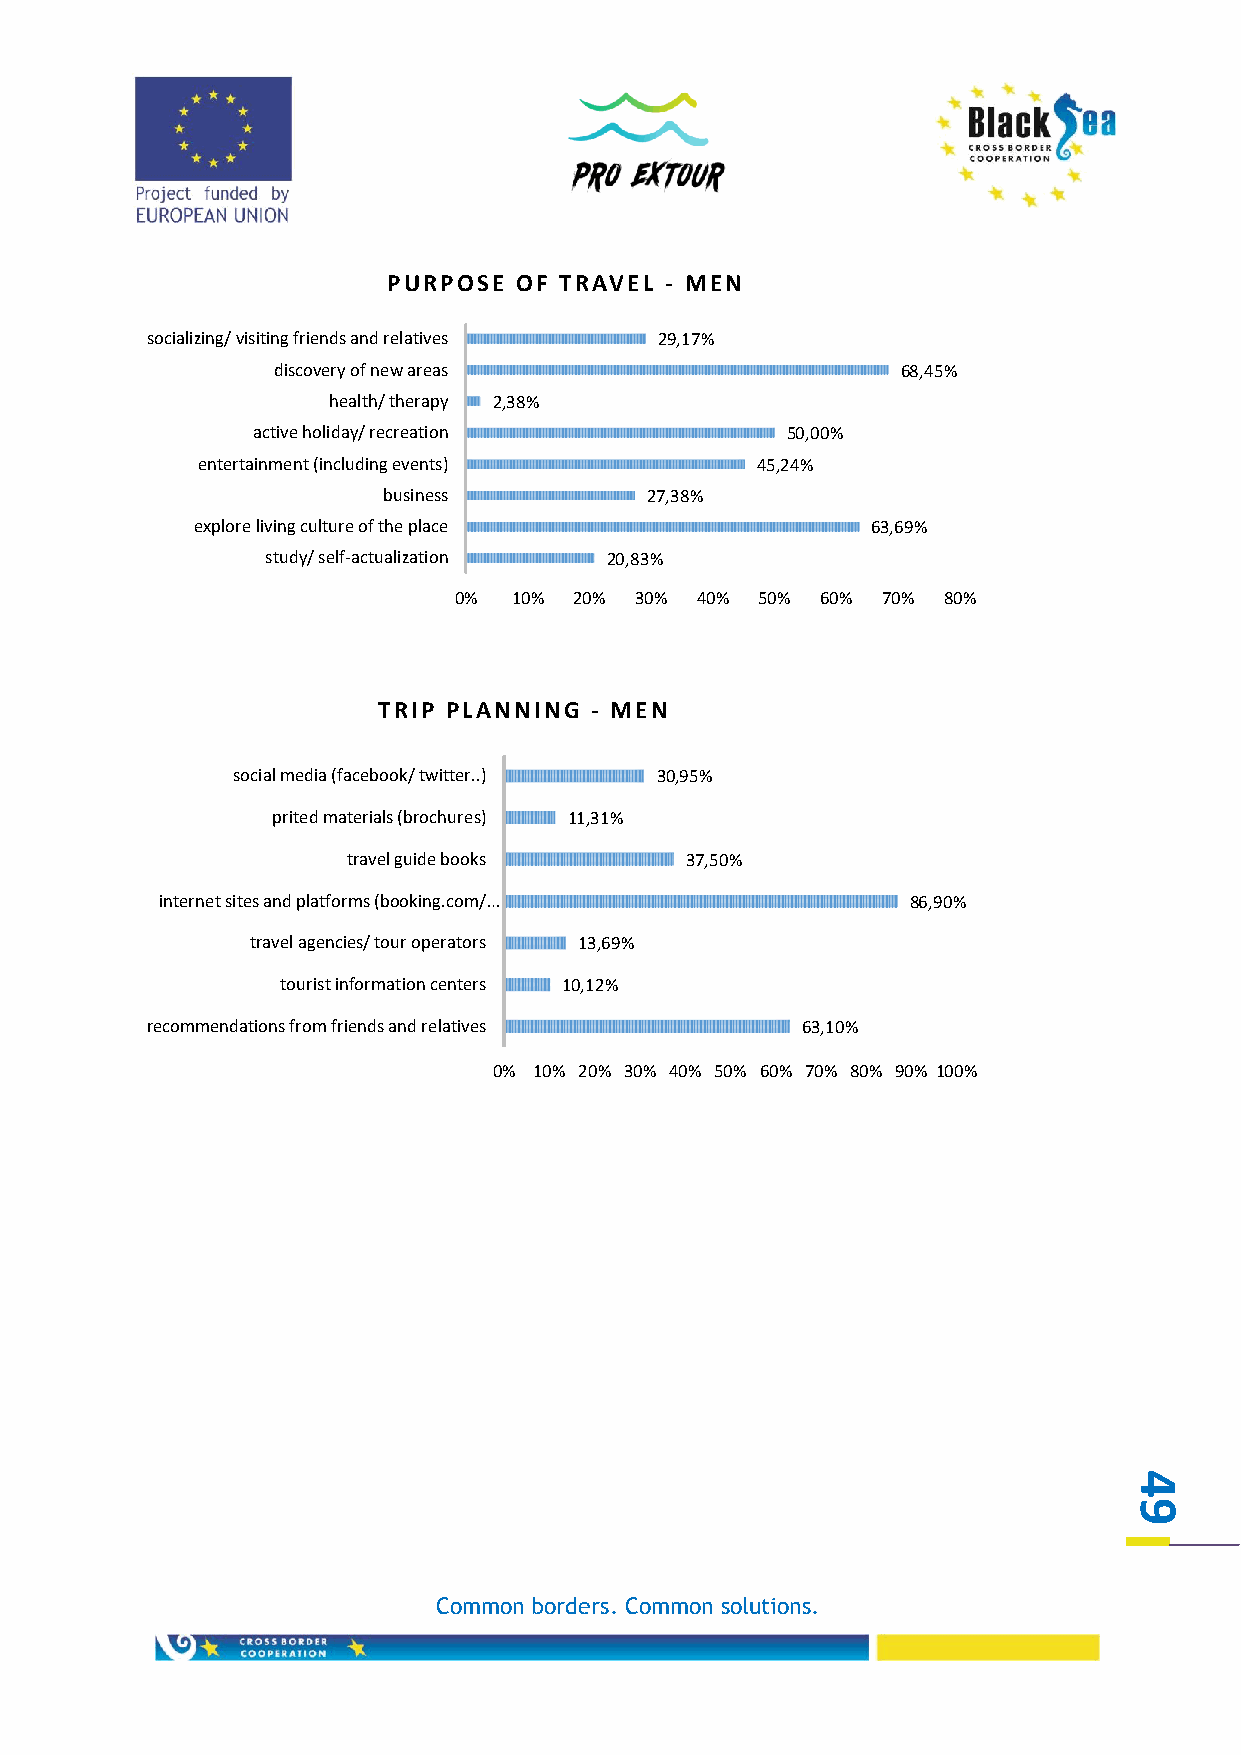
PURPOSE OF TRAVEL - MEN
 socializing/ visiting friends and relatives 29,17%
 discovery of new areas                    68,45%
 health/ therapy 2,38%
 active holiday/ recreation         50,00%
 entertainment (including events)     45,24%
 business          27,38%
 explore living culture of the place          63,69%
 study/ self-actualization 20,83%
 0%  10% 20% 30% 40% 50% 60% 70% 80%
 TRIP PLANNING - MEN
 social media (facebook/ twitter..) 30,95%
 prited materials (brochures) 11,31%
 travel guide books    37,50%
 internet sites and platforms (booking.com/…      86,90%
 travel agencies/ tour operators 13,69%
 tourist information centers 10,12%
 recommendations from friends and relatives 63,10%
 0% 10% 20% 30% 40% 50% 60% 70% 80% 90% 100%
 4
 9
 Common borders. Common solutions.